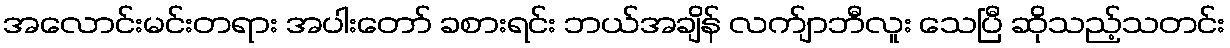
အလောင်းမင်းတရား အပါးတော် ခစားရင်း ဘယ်အချိန် လက်ျာဘီလူး သေပြီ ဆိုသည့်သတင်း